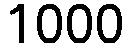
1000